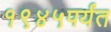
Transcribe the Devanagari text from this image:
१९४५पर्यंत